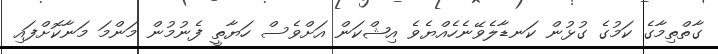
ގާތްތިމާގެ ކަމުގެ ގުޅުން ކަނޑާލެވޭނެހެއްޔެވެ އިޝްކަން އަށްވެސް ހަޔާތީ ފެނުމުން މަންމަ މަނާކޮށްފައި